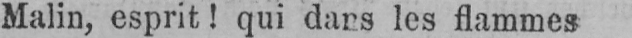
Malin, esprit! qui dans les flammes